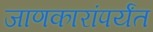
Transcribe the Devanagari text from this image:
जाणकारांपर्यंत